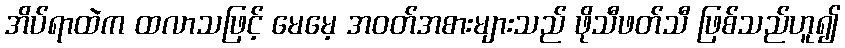
အိပ်ရာထဲက ထလာသဖြင့် မေမေ့ အဝတ်အစားများသည် ဖိုသီဖတ်သီ ဖြစ်သည်ဟူ၍